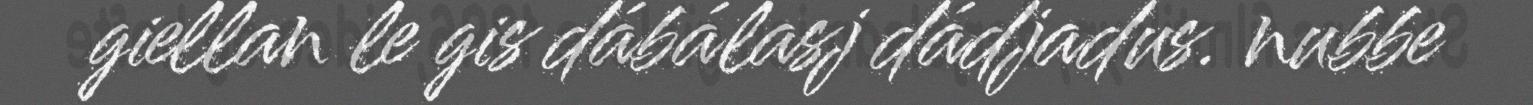
giellan le gis dábálasj dádjadus. nubbe